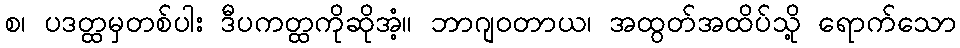
စ၊ ပဒတ္ထမှတစ်ပါး ဒီပကတ္ထကိုဆိုအံ့။ ဘာဂျဝတာယ၊ အထွတ်အထိပ်သို့ ရောက်သော